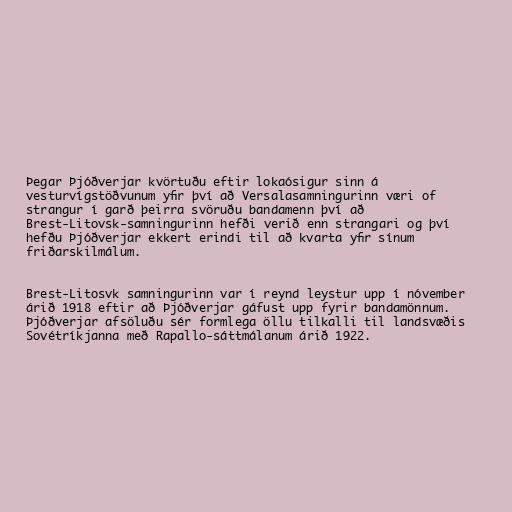
Þegar Þjóðverjar kvörtuðu eftir lokaósigur sinn á
vesturvígstöðvunum yfir því að Versalasamningurinn væri of
strangur í garð þeirra svöruðu bandamenn því að
Brest-Litovsk-samningurinn hefði verið enn strangari og því
hefðu Þjóðverjar ekkert erindi til að kvarta yfir sínum
friðarskilmálum.

Brest-Litosvk samningurinn var í reynd leystur upp í nóvember
árið 1918 eftir að Þjóðverjar gáfust upp fyrir bandamönnum.
Þjóðverjar afsöluðu sér formlega öllu tilkalli til landsvæðis
Sovétríkjanna með Rapallo-sáttmálanum árið 1922.